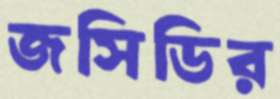
জসিডির